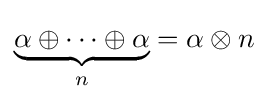
\underbrace {\alpha \oplus \cdots \oplus \alpha } _{n}=\alpha \otimes n